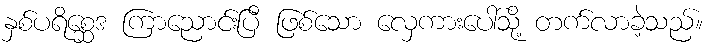
နှစ်ပရိစ္ဆေဒ ကြာညောင်းပြီ ဖြစ်သော လှေကားပေါ်သို့ တက်လာခဲ့သည်။